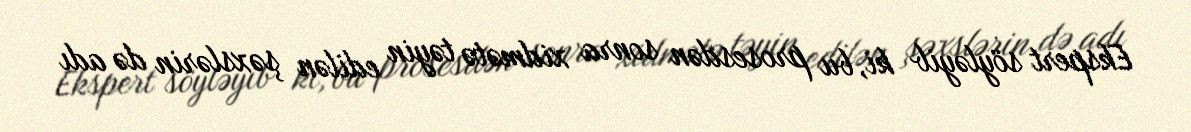
Ekspert söyləyib ki, bu prosesdən sonra xidmətə təyin edilən şəxslərin də adı